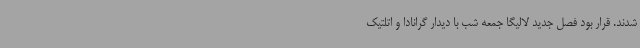
شدند. قرار بود فصل جدید لالیگا جمعه شب با دیدار گرانادا و اتلتیک